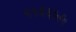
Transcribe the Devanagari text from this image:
५५६६५५